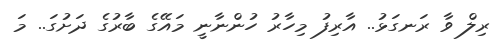
ރިލް ވާ ރަނގަޅު.. އާރިފު މިހާރު ހުންނާނީ މައޭގެ ބާރުގެ ދަށުގަ.. މަ